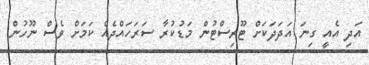
އަދި އެއީ ގިނަ އަދަދަކަށް ޓޫރިސްޓުން މަޑުކުރާ ސަރަހައްްދެއް ކަމަށް ވެސް ނޫހުން